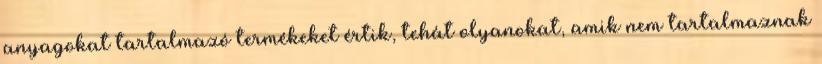
anyagokat tartalmazó termékeket értik, tehát olyanokat, amik nem tartalmaznak